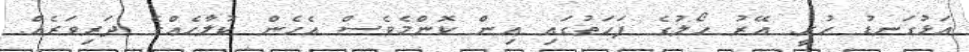
އަޅުގަނޑު ހުރީ. އޭރު ހޯލުގެ ފަހަތުގައި އިން ކޮންމެވެސް އެހެން ކުލާހެއްގެ ދަރިވަރެއް.